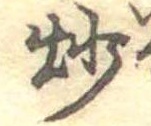
炒